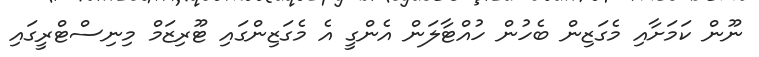
ނޫން ކަމަށާއި މެގަޒިން ބެހުން ހުއްޓާލަން އެންގީ އެ މެގަޒިންގައި ޓޫރިޒަމް މިނިސްޓްރީގައި